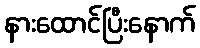
နားထောင်ပြီးနောက်